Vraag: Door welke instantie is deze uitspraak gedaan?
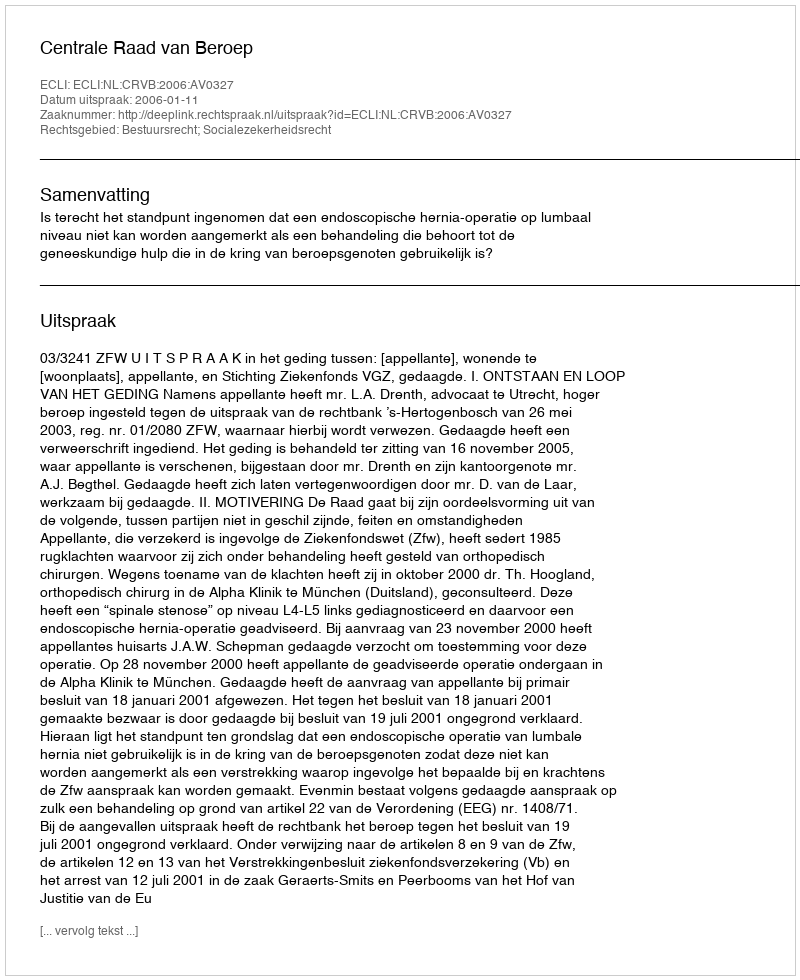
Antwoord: Centrale Raad van Beroep